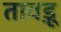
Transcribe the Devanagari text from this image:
तावड़ू